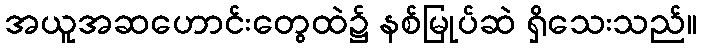
အယူအဆဟောင်းတွေထဲ၌ နစ်မြုပ်ဆဲ ရှိသေးသည်။